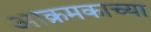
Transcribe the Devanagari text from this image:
आक्रमकाच्या